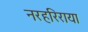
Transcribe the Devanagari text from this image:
नरहरिराया